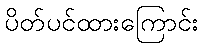
ပိတ်ပင်ထားကြောင်း